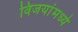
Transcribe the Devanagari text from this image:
विजयांमध्ये